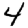
Digit: 4